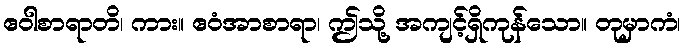
ဧဝါစာရာတိ၊ ကား။ ဧဝံအာစာရာ၊ ဤသို့ အကျင့်ရှိကုန်သော။ တုမှာကံ၊